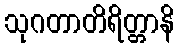
သုဂတာတိရိတ္တာနိ